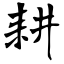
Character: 耕